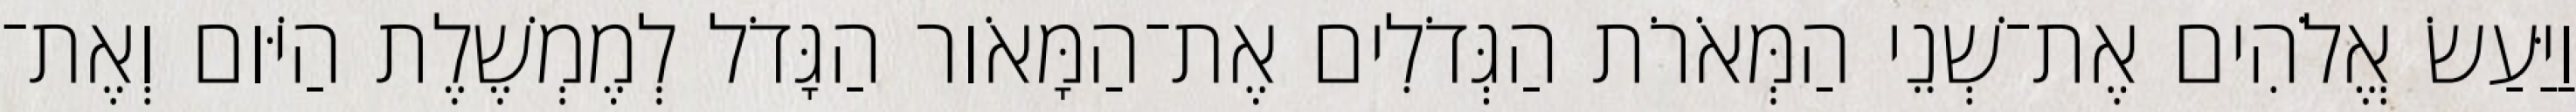
וַיַּעַשׂ אֱלֹהִים אֶת־שְׁנֵי הַמְּאֹרֹת הַגְּדֹלִים אֶת־הַמָּאֹור הַגָּדֹל לְמֶמְשֶׁלֶת הַיֹּום וְאֶת־